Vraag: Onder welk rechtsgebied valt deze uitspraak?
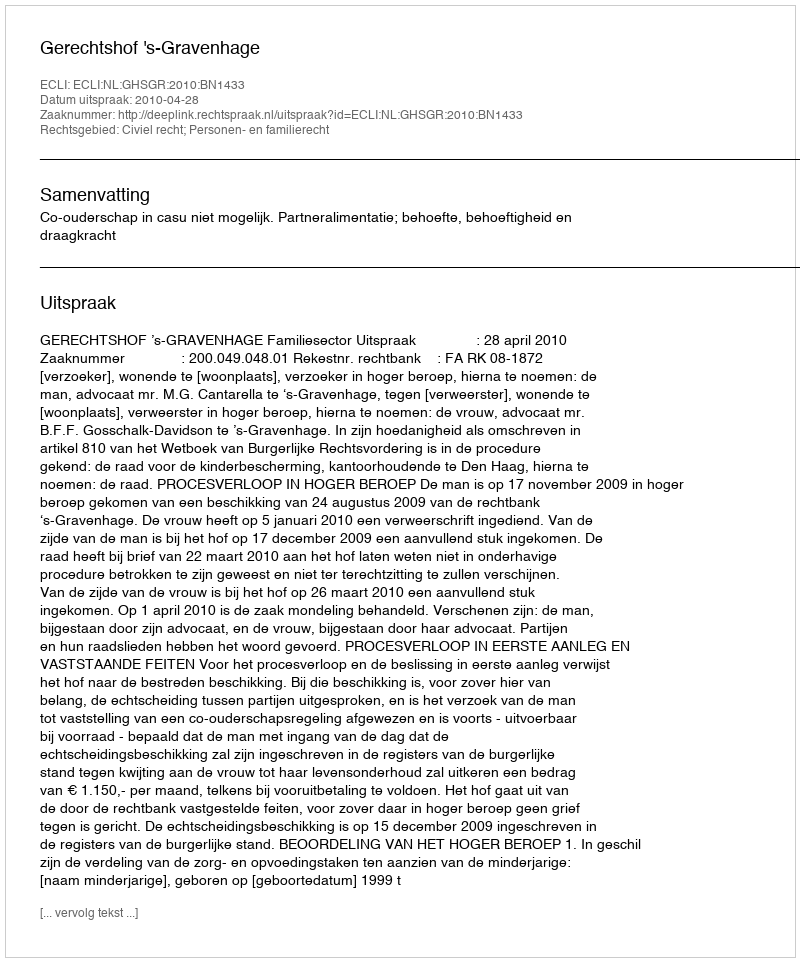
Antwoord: Civiel recht; Personen- en familierecht